Calcutta medical institutions reports 1892-1900
Year: 1892
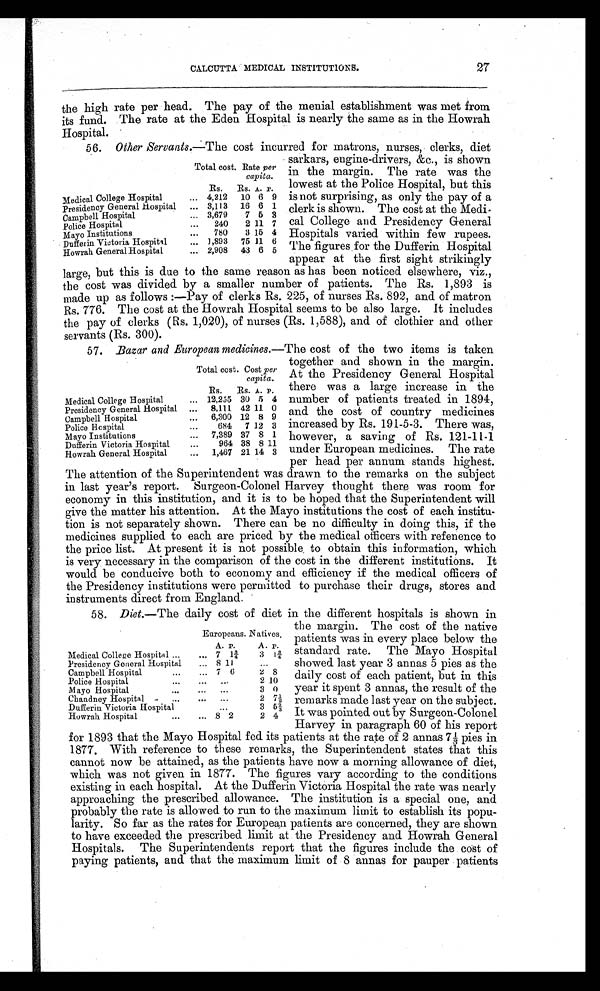
CALCUTTA MEDICAL INSTITUTIONS.
27
the high rate per head. The pay of the menial establishment was met from
its fund. The rate at the Eden Hospital is nearly the same as in the Howrah
Hospital.
56. Other Servants.—The cost incurred for matrons, nurses, clerks, diet
sarkars, engine-drivers, &c., is shown
in the margin. The rate was the
lowest at the Police Hospital, but this
is not surprising, as only the pay of a
clerk is shown. The cost at the Medi- -
cal College and Presidency General
Hospitals varied within few rupees.
The figures for the Dufferin Hospital
appear at the first sight strikingly
large, but this is due to the same reason as has been noticed elsewhere, viz.,
the cost was divided by a smaller number of patients. The Rs. 1,893 is
made up as follows :—Pay of clerks Rs. 225, of nurses Rs. 892, and of matron
Rs. 776. The cost at the Howrah Hospital seems to be also large. It includes
the pay of clerks (Rs. 1,020), of nurses (Rs. 1,588), and of clothier and other
servants (Rs. 300).
57. Bazar and European medicines. —The cost of the two items is taken
together and shown in the margin.
At the Presidency General Hospital
there was a large increase in the
number of patients treated in 1894,
and the cost of country medicines
increased by Rs. 191-5-3. There was,
however, a saving of Rs. 121-11-1
under European medicines. The rate
per head per annum stands highest.
The attention of the Superintendent was drawn to the remarks on the subject
in last year’s report. Surgeon-Colonel Harvey thought there was room for
economy in this institution, and it is to be hoped that the Superintendent will
give the matter his attention. At the Mayo institutions the cost of each institu-
tion is not separately shown. There can be no difficulty in doing this, if the
medicines supplied to each are priced by the medical officers with reference to
the price list. At present it is not possible to obtain this information, which
is very necessary in the comparison of the cost in the different institutions. It
would be conducive both to economy and efficiency if the medical officers of
the Presidency institutions were permitted to purchase their drugs, stores and
instruments direct from England.
58. Diet.—The daily cost of diet in the different hospitals is shown in
the margin. The cost of the native
patients was in every place below the
standard rate. The Mayo Hospital
showed last year 3 annas 5 pies as the
daily cost of each patient, but in this
year it spent 3 annas, the result of the
remarks made last year on the subject.
It was pointed out by Surgeon-Colonel
Harvey in paragraph 60 of his report
for 1893 that the Mayo Hospital fed its patients at the rate of 2 annas 7 ⅓⅓ pies in
1877. With reference to these remarks, the Superintendent states that this
cannot now be attained, as the patients have now a morning allowance of diet,
which was not given in 1877. The figures vary according to the conditions
existing in each hospital. At the Dufferin Victoria Hospital the rate was nearly
approaching the prescribed allowance. The institution is a special one, and
probably the rate is allowed to run to the maximum limit to establish its popu-
larity. So far as the rates for European patients are concerned, they are shown
to have exceeded the prescribed limit at the Presidency and Howrah General
Hospitals. The Superintendents report that the figures include the cost of
paying patients, and that the maximum limit of 8 annas for pauper patients
Total cost. Rate per
capita.
Rs.
Rs. A. P.
Medical College Hospital
... 4,212
10 6 9
Presidency General Hospital
... 3,113
16 6 1
Campbell Hospital
... 3,679
7 5 3
Police Hospital
...
240
2 11 7
Mayo Institutions
...
780
3 15 4
Dufferin Victoria Hospital
... 1,893
75 11 6
Howrah General Hospital
... 2,908
43 6 5
Total cost. Cost per
capita.
Rs.
Rs. A. P.
Medical College Hospital
... 12,255 30 5 4
Presidency General Hospital
...
8,111 42 11. 0
Campbell Hospital
...
6,300 12 8 9
Police Hospital
...
684
7 12 3
Mayo Institutions
...
7,389 37 8 1
Dufferin Victoria Hospital
...
964 38 8 11
Howrah General Hospital
...
1,467 21 14 3
Europeans. Natives.
A. p.
A . p.
Medical College Hospital ...
... 7
1 ¾
3
1¾
Presidency General Hospital
... 8 11
...
Campbell Hospital
...
... 7 6
2 8
Police Hospital
...
...
.
. .
2 10
Mayo Hospital
...
...
...
3 0
Chandney Hospital ...
...
...
2
7½
Dufferin Victoria Hospital
...
3
52/ 3
Howrah Hospital
...
8 2
2 4